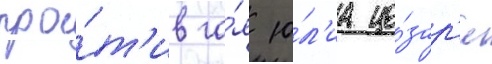
про́т'ив га́я ю́л'иа це́зар'я